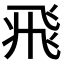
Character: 𩙱